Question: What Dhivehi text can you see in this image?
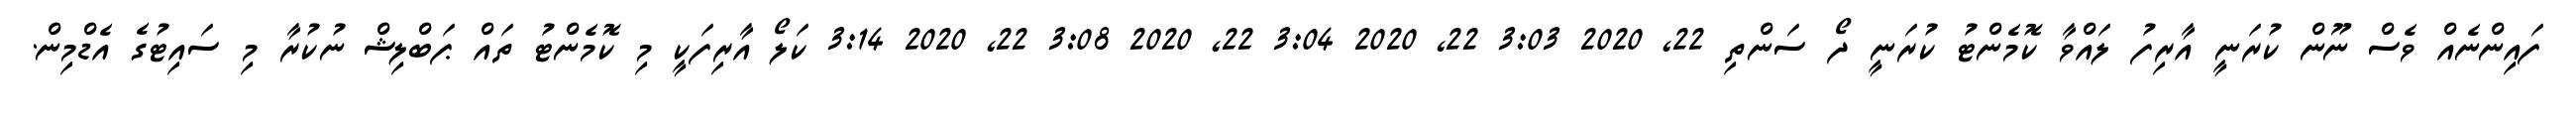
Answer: ފައިންނެއް ވެސް ނޫން ކުރަނީ އާރިފު ލައްވާ ކޮމެންޓު ކުރަނީ ދޯ ސަންތި 22, 2020 3:03 22, 2020 3:04 22, 2020 3:08 22, 2020 3:14 ކަލޯ އާރިފަކީ މި ކޮމެންޓު ތައް ޕަބްލިޝް ނުކުރާ މި ސައިޓުގެ އެޑްމިން.